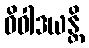
ဝိဝါဒယန္တိ